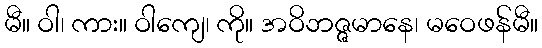
မီ။ ဝါ၊ ကား။ ဝါကျေ၊ ကို။ အဝိဘဇ္ဇမာနေ၊ မဝေဖန်မီ။